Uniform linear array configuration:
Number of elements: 4
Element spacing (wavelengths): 0.5
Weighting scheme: blackman
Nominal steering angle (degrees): -60
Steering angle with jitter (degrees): -58.457
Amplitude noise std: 0.05
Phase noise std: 0.05

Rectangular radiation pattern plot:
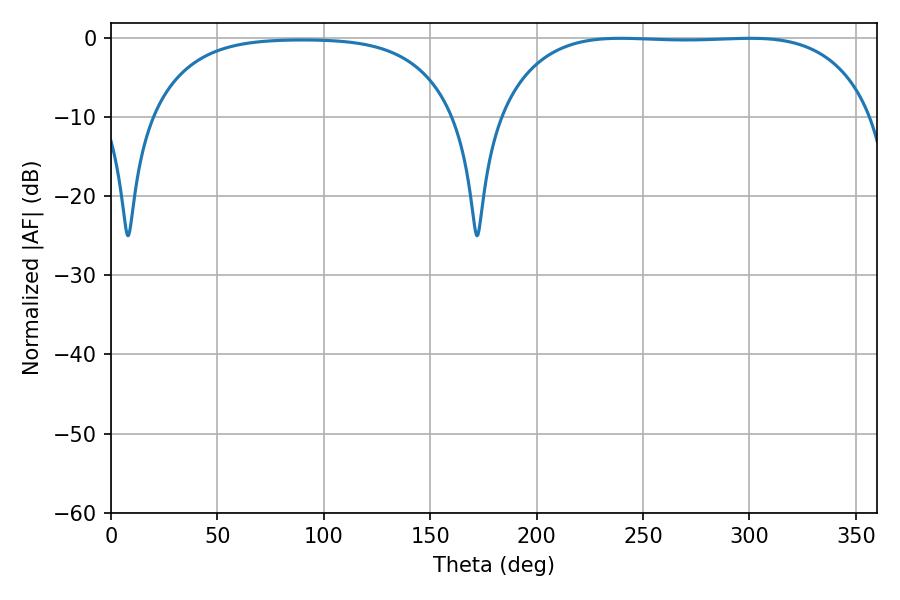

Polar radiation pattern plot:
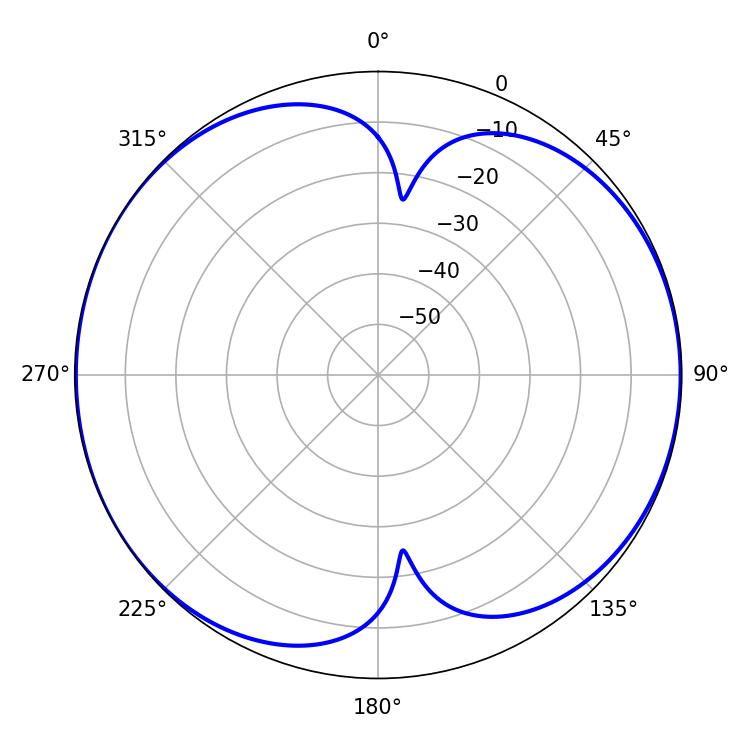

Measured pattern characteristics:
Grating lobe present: FALSE
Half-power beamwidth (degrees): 137.52
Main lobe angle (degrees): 239.4